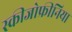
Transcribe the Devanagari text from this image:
स्‍कीजोफ्रीनिया